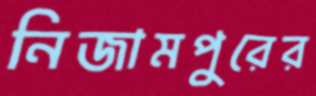
নিজামপুরের